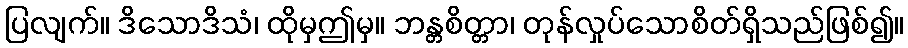
ပြလျက်။ ဒိသောဒိသံ၊ ထိုမှဤမှ။ ဘန္တစိတ္တာ၊ တုန်လှုပ်သောစိတ်ရှိသည်ဖြစ်၍။